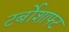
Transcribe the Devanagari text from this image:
टर्बोशाफ्ट